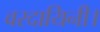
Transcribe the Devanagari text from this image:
वरदायिनी।